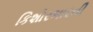
કિશોરભારતી